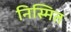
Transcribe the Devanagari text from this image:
निस्मित